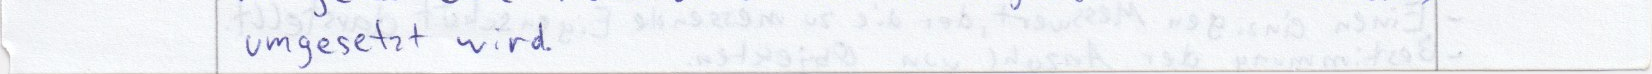
umgesetzt wird